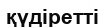
қүдіретті